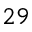
2 9